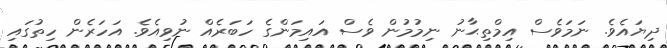
ދިޔައެވެ. ނަމަވެސް އިމްތިޙާނު ނިމުމުން ވެސް އައިމަންގެ ހަބަރެއް ނުވިއެވެ. އަހަރެން ހިތުގައި